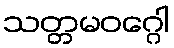
သတ္တမဝဂ္ဂေါ